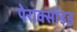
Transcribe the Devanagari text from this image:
पेराक्सॉइड